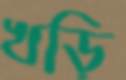
খড়ি